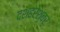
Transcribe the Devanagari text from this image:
दशहरेश्वर